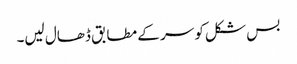
بس شکل کو سر کے مطابق ڈھال لیں۔